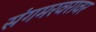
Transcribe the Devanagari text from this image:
संगमरवरावर